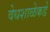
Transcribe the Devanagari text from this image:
वेधशाळेकडे